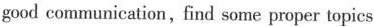
good communication，find some proper topics